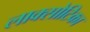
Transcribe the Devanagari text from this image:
लाक्सोटिका